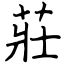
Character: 莊